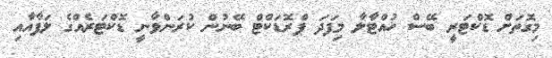
މިގޮތަށް ޑޮކްޓަރީ ބޭސް ހުއްޓާލާ މިފަދަ ޕްރޮޑަކްޓް ބޭނުން ކުރަންވާނީ ޑޮކްޓަރެއްގެ ލަފާއާއި